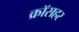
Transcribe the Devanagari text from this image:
क्रॉसहर